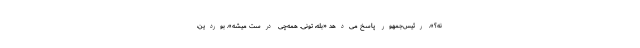
نه؟». رئیس‌جمهور پاسخ می‌دهد «بله، تونی. همه‌چی درست میشه». بوردین،